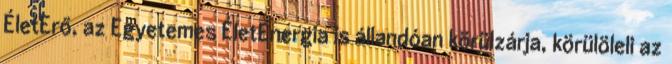
ÉletErő, az Egyetemes ÉletEnergia is állandóan körülzárja, körülöleli az